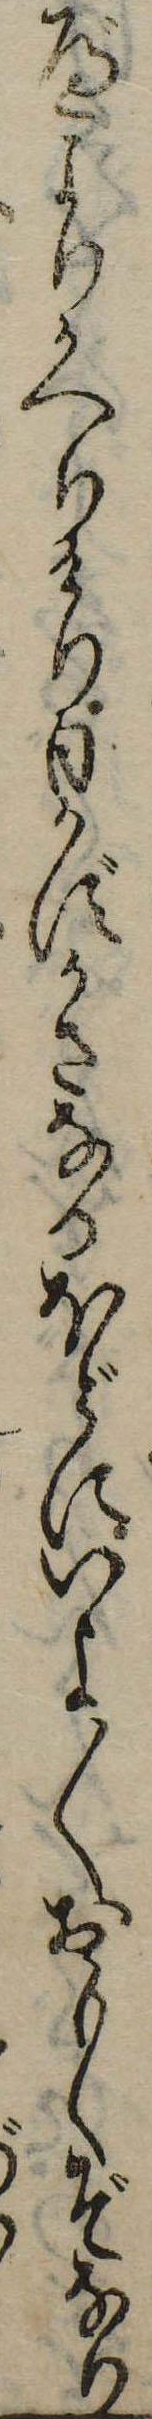
べよりかへりけり日かずかさなるほどにいよ〱おもくぞなり